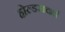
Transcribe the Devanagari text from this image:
होल्डसवर्थ